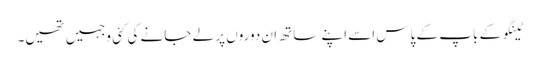
ٹینگو کے باپ کے پاس اسے اپنے ساتھ ان دوروں پر لے جانے کی کئی وجہیں تھیں۔